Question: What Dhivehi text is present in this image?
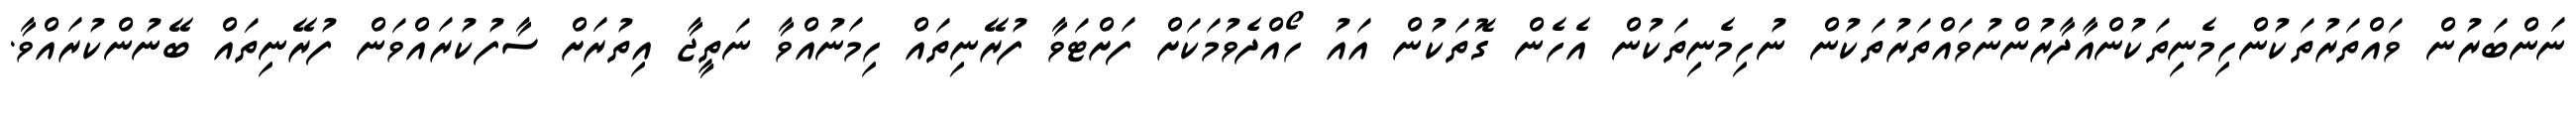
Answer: ނަންބަރުން ވައްތަރުތަކުންހިމެނިތަކުންއާދާރުންނުވައްތަރުތަކުން ނުހިމެނިތަކުން އެހެން ގޮތަކުން އައު ހޯއްދެވުމަކަށް ފަށްޓަވާ ފުރޭނިތައް ހިމަނުއްވާ ނަތީޖާ އިތުރަށް ސާފުކުރައްވަން ފުރޭނިތައް ބޭނުންކުރައްވާ.